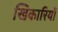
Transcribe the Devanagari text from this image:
खिकारियों